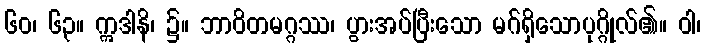
၆၀၊ ၆၃။ ဣဒါနိ၊ ၌။ ဘာဝိတမဂ္ဂဿ၊ ပွားအပ်ပြီးသော မဂ်ရှိသောပုဂ္ဂိုလ်၏။ ဝါ၊